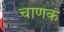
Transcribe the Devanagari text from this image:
चाणक